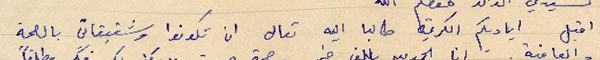
اقبل اياديكم الكريمة طالبا اليه تعالى ان تكونوا وشقيقاتي بالصحة